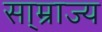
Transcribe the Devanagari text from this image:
सा्म्राज्य